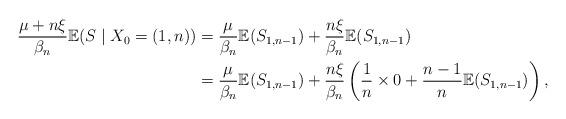
LaTeX: \begin{align*}\frac{\mu + n\xi}{\beta_n} \mathbb{E}(S \mid X_{0}=(1,n)) &= \frac{\mu}{\beta_{n}}\mathbb{E}(S_{1,n-1}) + \frac{n\xi}{\beta_{n}}\mathbb{E}(S_{1,n-1})\\ &= \frac{\mu}{\beta_{n}}\mathbb{E}(S_{1,n-1}) + \frac{n\xi}{\beta_{n}} \left( \frac{1}{n}\times 0 + \frac{n-1}{n}\mathbb{E}(S_{1,n-1}) \right),\end{align*}